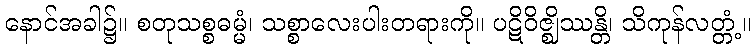
နောင်အခါ၌။ စတုသစ္စဓမ္မံ၊ သစ္စာလေးပါးတရားကို။ ပဋိဝိဇ္ဈိဿန္တိ၊ သိကုန်လတ္တံ့။